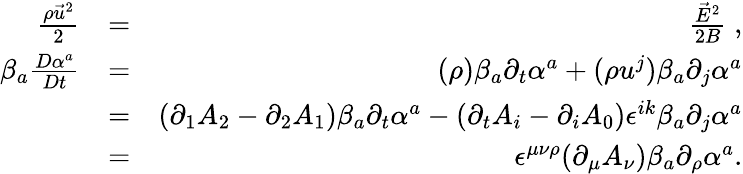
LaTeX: \begin{array}{rlr}{\frac{\rho\vec{u}^{2}}{2}}&{=}&{\frac{\vec{E}^{2}}{2B}\; ,}\\ {\beta_{a}\frac{D\alpha^{a}}{Dt}}&{=}&{(\rho)\beta_{a}\partial_{t}\alpha^{a}+(\rho u^{j})\beta_{a}\partial_{j}\alpha^{a}}\\ &{=}&{(\partial_{1}A_{2}-\partial_{2}A_{1})\beta_{a}\partial_{t}\alpha^{a}-(\partial_{t}A_{i}-\partial_{i}A_{0})\epsilon^{ik}\beta_{a}\partial_{j}\alpha^{a}}\\ &{=}&{\epsilon^{\mu\nu\rho}(\partial_{\mu}A_{\nu})\beta_{a}\partial_{\rho}\alpha^{a}.}\end{array}